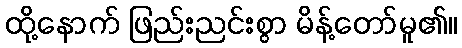
ထို့နောက် ဖြည်းညင်းစွာ မိန့်တော်မူ၏။